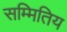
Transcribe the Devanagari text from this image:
सम्मितिय